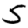
Digit: 5